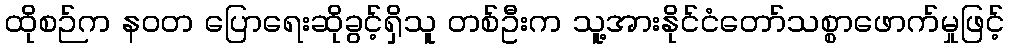
ထိုစဉ်က နဝတ ပြောရေးဆိုခွင့်ရှိသူ တစ်ဦးက သူ့အားနိုင်ငံတော်သစ္စာဖောက်မှုဖြင့်